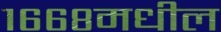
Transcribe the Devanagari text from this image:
१६६८मधील